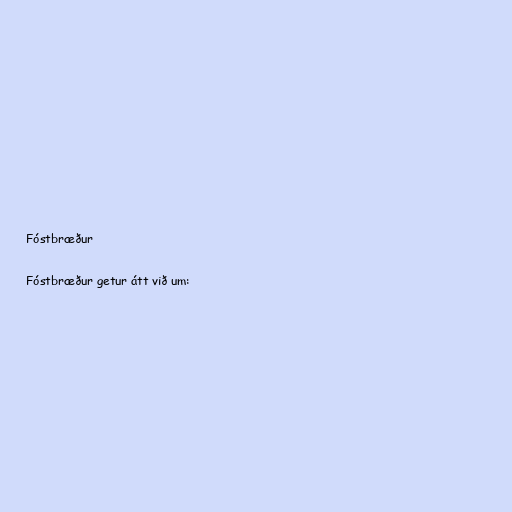
Fóstbræður

Fóstbræður getur átt við um: